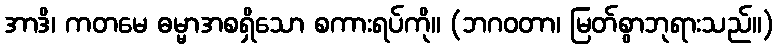
အာဒိ၊ ကတမေ ဓမ္မာအစရှိသော စကားရပ်ကို။ (ဘဂဝတာ၊ မြတ်စွာဘုရားသည်။)